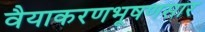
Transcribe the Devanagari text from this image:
वैयाकरणभूषणसार